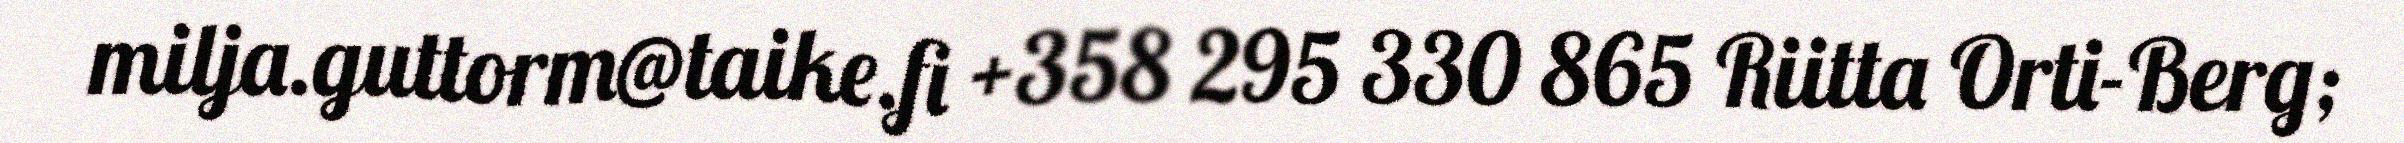
milja.guttorm@taike.fi +358 295 330 865 Riitta Orti-Berg;